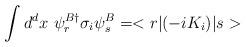
LaTeX: \begin{align*}\int d^d x~\psi_r^{B\dagger} \sigma_i \psi_s^B = <r|(-iK_i) |s>\end{align*}